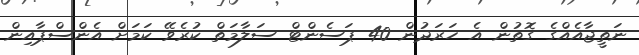
ނަތީޖާއެއްގެ ގޮތުން އެ ހަރަދުން 40 ޕަސެންޓް ސަލާމަތް ކުރެވޭ ކަމަށް އެންސްޕާއިން